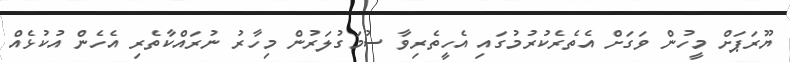
ޔޫރަޕަށް މީހުން ވަގަށް އެތެރެކުރުމުގައި އެހީތެރިވާ ސުމަގުލަރުން މިހާރު ނުރައްކާތެރި އެހެން އުކުޅެއް